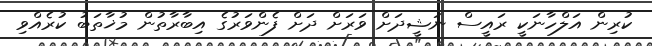
ކުރިން އަލްހާނަކީ ރައީސް ނަޝީދަށް ވަރަށް ދަށް ފެންވަރުގެ އިބާރާތުން މުޚާތަބު ކުރެއްވި